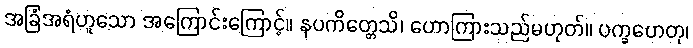
အခြံအရံဟူသော အကြောင်းကြောင့်။ နပကိတ္တေသိ၊ ဟောကြားသည်မဟုတ်။ ပက္ခဟေတု၊